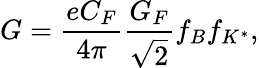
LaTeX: G={\frac{eC_{F}}{4\pi}}{\frac{G_{F}}{\sqrt 2}}f_{B}f_{K^{*}},